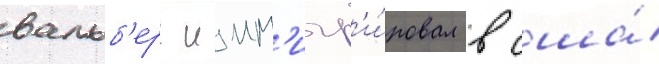
вальб'ерг имм'игр'и́ровал в сша́